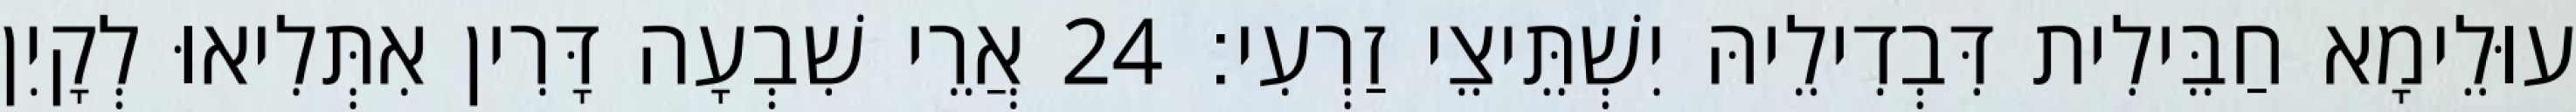
עוּלֵימָא חַבֵּילִית דִּבְדִילֵיהּ יִשְׁתֵּיצֵי זַרְעִי׃ 24 אֲרֵי שִׁבְעָה דָּרִין אִתְּלִיאוּ לְקָיִן